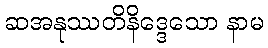
ဆအနုဿတိနိဒ္ဒေသော နာမ